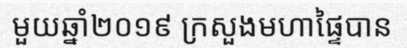
មួយឆ្នាំ២០១៩ ក្រសួងមហាផ្ទៃបាន